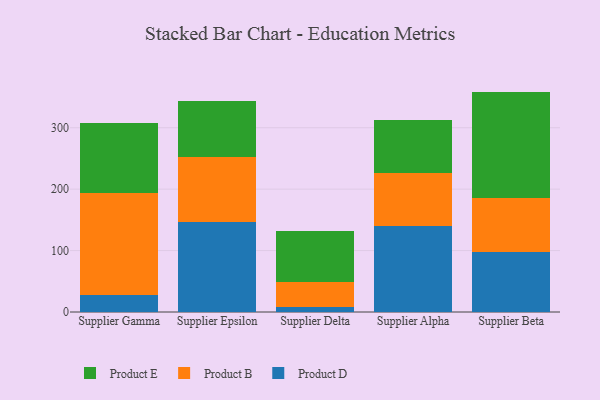
{"axis": {"x": "Supplier", "y": "Waste Production (Tons)"}, "legend": ["Product B", "Product D", "Product E"], "data": [{"x": "Supplier Gamma", "y": 26.9, "type": "Product D"}, {"x": "Supplier Gamma", "y": 167.6, "type": "Product B"}, {"x": "Supplier Gamma", "y": 113.5, "type": "Product E"}, {"x": "Supplier Epsilon", "y": 146.5, "type": "Product D"}, {"x": "Supplier Epsilon", "y": 106.2, "type": "Product B"}, {"x": "Supplier Epsilon", "y": 91.6, "type": "Product E"}, {"x": "Supplier Delta", "y": 8.4, "type": "Product D"}, {"x": "Supplier Delta", "y": 40.2, "type": "Product B"}, {"x": "Supplier Delta", "y": 83.6, "type": "Product E"}, {"x": "Supplier Alpha", "y": 140.5, "type": "Product D"}, {"x": "Supplier Alpha", "y": 85.0, "type": "Product B"}, {"x": "Supplier Alpha", "y": 86.4, "type": "Product E"}, {"x": "Supplier Beta", "y": 97.2, "type": "Product D"}, {"x": "Supplier Beta", "y": 88.3, "type": "Product B"}, {"x": "Supplier Beta", "y": 173.3, "type": "Product E"}]}